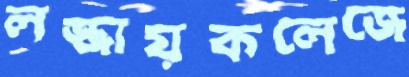
লজ্জায়কলেজে